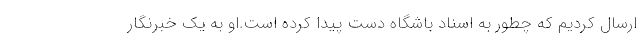
ارسال کردیم که چطور به اسناد باشگاه دست پیدا کرده است.او به یک خبرنگار